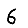
Digit: 6